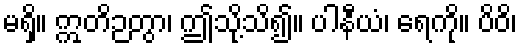
မရှိ။ ဣတိဉတွာ၊ ဤသို့သိ၍။ ပါနီယံ၊ ရေကို။ ပိဝိ၊